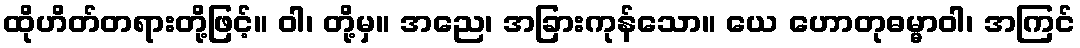
ထိုဟိတ်တရားတို့ဖြင့်။ ဝါ၊ တို့မှ။ အညေ၊ အခြားကုန်သော။ ယေ ဟောတုဓမ္မာဝါ၊ အကြင်